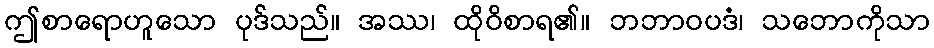
ဤစာရောဟူသော ပုဒ်သည်။ အဿ၊ ထိုဝိစာရ၏။ ဘဘာဝပဒံ၊ သဘောကိုသာ